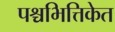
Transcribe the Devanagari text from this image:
पश्चभित्तिकेत